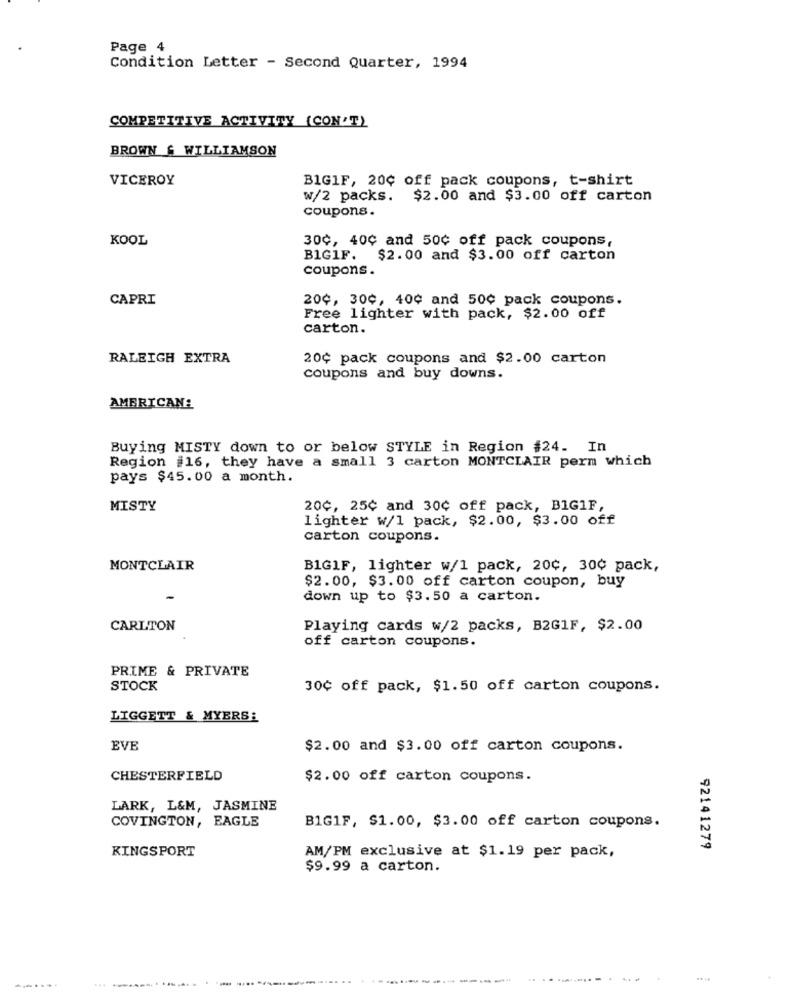
Page 4
Condition Letter - Second Quarter, 1994
COMPETITIVE ACTIVITY (CON'T)
BROWN & WILLIAMSON
VICEROY
BIGIF, 20¢ off pack coupons, t-shirt
W/2 packs. $2.00 and $3.00 off carton
coupons.
KOOL
30¢, 40¢ and 50¢ off pack coupons,
BIGIF. $2.00 and $3.00 off carton
coupons.
CAPRI
20¢, 30¢, 40¢ and 50¢ pack coupons.
Free lighter with pack, $2.00 off
carton.
RALEIGH EXTRA
20¢ pack coupons and $2.00 carton
coupons and buy downs.
AMERICAN:
Buying MISTY down to or below STYLE in Region #24. In
Region #16, they have a small 3 carton MONTCLAIR perm which
pays $45.00 a month.
MISTY
20¢, 25¢ and 30¢ off pack, BIG1F,
lighter w/1 pack, $2.00, $3.00 off
carton coupons.
MONTCLAIR
B1GIF, lighter w/1 pack, 20¢, 30¢ pack,
$2.00, $3.00 off carton coupon, buy
down up to $3.50 a carton.
CARLTON
Playing cards w/2 packs, B2GIF, $2.00
off carton coupons.
PRIME & PRIVATE
STOCK
30¢ off pack, $1.50 off carton coupons.
LIGGETT & MYERS:
EVE
$2.00 and $3.00 off carton coupons.
CHESTERFIELD
$2.00 off carton coupons.
LARK, L&M, JASMINE
COVINGTON, EAGLE
B1GIF, $1.00, $3.00 off carton coupons.
KINGSPORT
92141279
AM/PM exclusive at $1.19 per pack,
$9.99 a carton.
.......
...